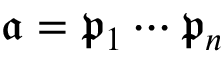
{ \mathfrak { a } } = { \mathfrak { p } } _ { 1 } \cdots { \mathfrak { p } } _ { n }